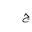
Letter: _gim